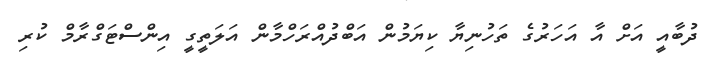
ދުބާއީ އަށް އާ އަހަރުގެ ތަހުނިޔާ ކިޔަމުން އަބްދުއްރަހްމާން އަލަތީގީ އިންސްޓަގްރާމް ކުރި